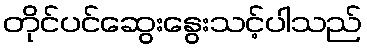
တိုင်ပင်ဆွေးနွေးသင့်ပါသည်